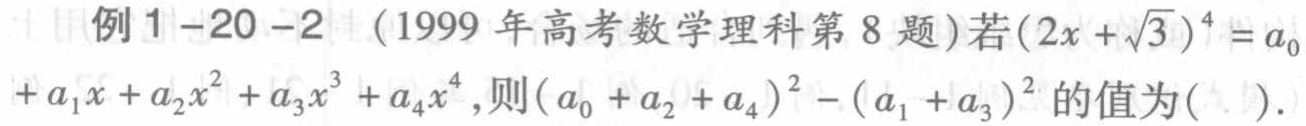
例1-20-2 (1999年高考数学理科第8题)若\((2x+\sqrt{3})^{4}=a_{0}+a_{1}x + a_{2}x^{2}+a_{3}x^{3}+a_{4}x^{4}\),则\((a_{0}+a_{2}+a_{4})^{2}-(a_{1}+a_{3})^{2}\)的值为( ).